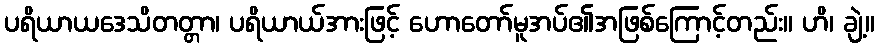
ပရိယာယဒေသိတတ္တာ၊ ပရိယာယ်အားဖြင့် ဟောတော်မူအပ်၏အဖြစ်ကြောင့်တည်း။ ဟိ၊ ချဲ့။